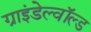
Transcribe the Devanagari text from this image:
ग्राइंडेल्वॉल्ड